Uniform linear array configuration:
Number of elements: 12
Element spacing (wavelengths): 0.5
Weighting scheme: blackman
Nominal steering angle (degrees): -30
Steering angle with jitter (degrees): -30.464
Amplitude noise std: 0.05
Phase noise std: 0.05

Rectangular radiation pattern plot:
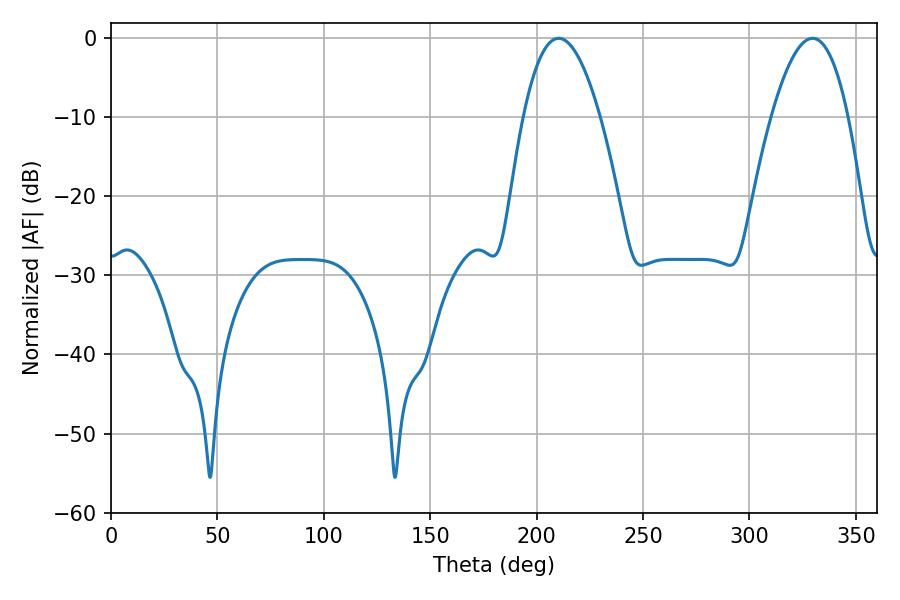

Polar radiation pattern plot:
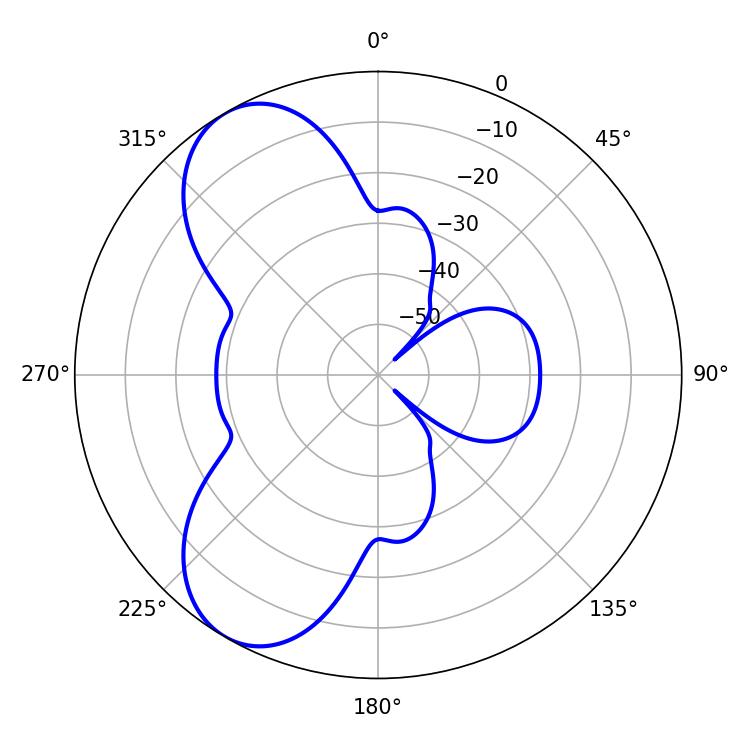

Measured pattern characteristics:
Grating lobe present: FALSE
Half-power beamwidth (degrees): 19.8
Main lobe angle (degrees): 210.42